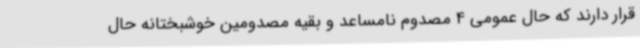
قرار دارند که حال عمومی 4 مصدوم نامساعد و بقیه مصدومین خوشبختانه حال